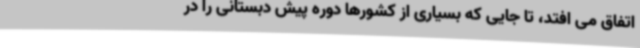
اتفاق می افتد، تا جایی که بسیاری از کشورها دوره پیش دبستانی را در